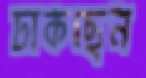
ঢাকছেন